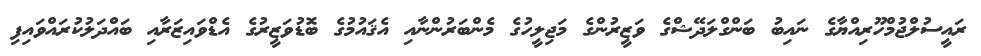
ރައީސުލްޖުމްހޫރިއްޔާގެ ނައިބު ބަންގްލަދޭޝްގެ ވަޒީރުންގެ މަޖިލީހުގެ މެންބަރުންނާއި އެޤައުމުގެ ބޮޑުވަޒީރުގެ އެޑްވައިޒަރާއި ބައްދަލުކުރައްވައިފި